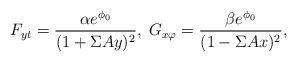
\begin{align*}F_{yt} = \frac{\alpha e^{\phi_0}}{(1+\Sigma Ay)^2},\;G_{x\varphi}= \frac{\beta e^{\phi_0}}{(1-\Sigma Ax )^2},\end{align*}